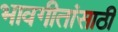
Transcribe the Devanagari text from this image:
भावगीतांसाठी